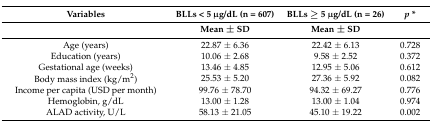
<table><thead><tr><td><b>Variables</b></td><td><b>BLLs &lt; 5 μg/dL (n = 607)</b></td><td><b>BLLs ≥ 5 μg/dL (n = 26)</b></td><td><b><i>p</i> *</b></td></tr><tr><td></td><td><b>Mean ± SD</b></td><td><b>Mean ± SD</b></td><td></td></tr></thead><tbody><tr><td>Age (years)</td><td>22.87 ± 6.36</td><td>22.42 ± 6.13</td><td>0.728</td></tr><tr><td>Education (years)</td><td>10.06 ± 2.68</td><td>9.58 ± 2.52</td><td>0.372</td></tr><tr><td>Gestational age (weeks)</td><td>13.46 ± 4.85</td><td>12.95 ± 5.06</td><td>0.612</td></tr><tr><td>Body mass index (kg/m<sup>2</sup>)</td><td>25.53 ± 5.20</td><td>27.36 ± 5.92</td><td>0.082</td></tr><tr><td>Income per capita (USD per month)</td><td>99.76 ± 78.70</td><td>94.32 ± 69.27</td><td>0.776</td></tr><tr><td>Hemoglobin, g/dL</td><td>13.00 ± 1.28</td><td>13.00 ± 1.04</td><td>0.974</td></tr><tr><td>ALAD activity, U/L</td><td>58.13 ± 21.05</td><td>45.10 ± 19.22</td><td>0.002</td></tr></tbody></table>